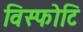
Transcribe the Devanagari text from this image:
विस्फोटि